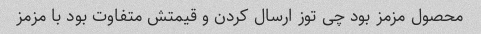
محصول مزمز بود چی توز ارسال کردن و قیمتش متفاوت بود با مزمز